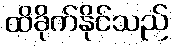
ထိခိုက်နိုင်သည်